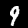
Digit: 9